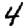
Digit: 4